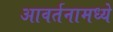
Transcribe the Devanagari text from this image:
आवर्तनामध्ये